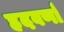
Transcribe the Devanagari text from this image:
हदवर्णा